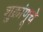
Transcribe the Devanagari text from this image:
शुक्रांणूचे